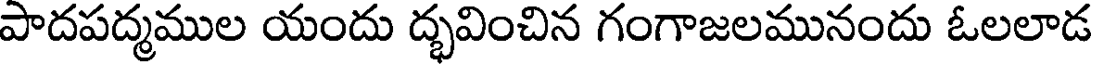
పాదపద్మముల యందు ద్భవించిన గంగాజలమునందు ఓలలాడ